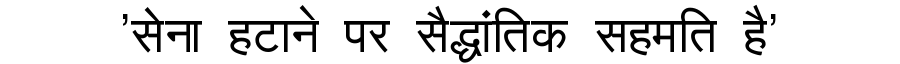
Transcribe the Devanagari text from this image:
'सेना हटाने पर सैद्धांतिक सहमति है'